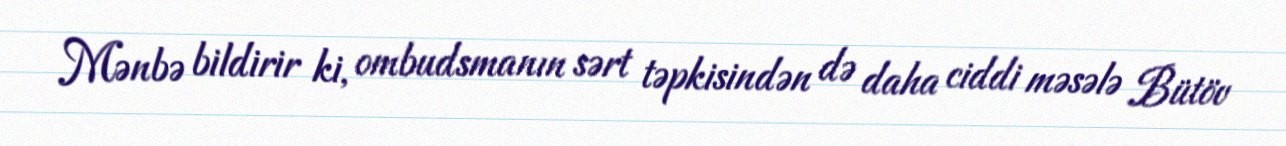
Mənbə bildirir ki, ombudsmanın sərt təpkisindən də daha ciddi məsələ Bütöv